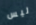
ليس